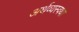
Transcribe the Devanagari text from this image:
अर्थव्यस्वथा